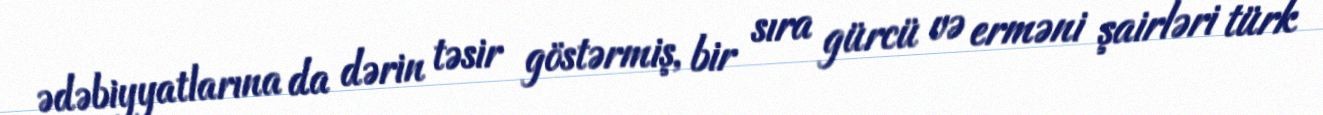
ədəbiyyatlarına da dərin təsir göstərmiş, bir sıra gürcü və erməni şairləri türk